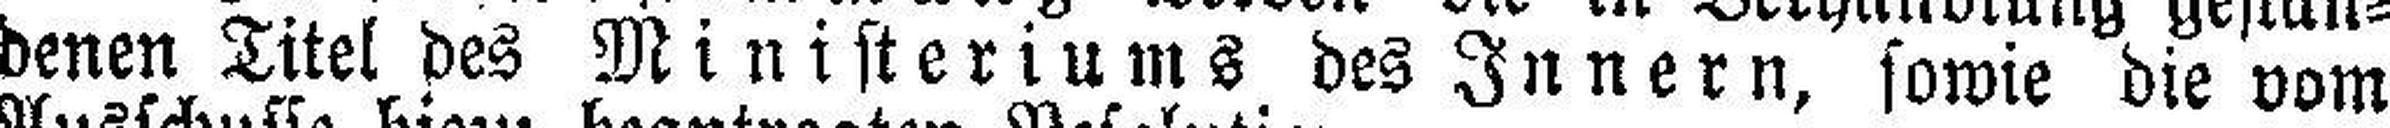
denen Titel des Ministeriums des Innern, sowie die vom